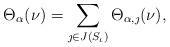
LaTeX: \begin{align*}\Theta_\alpha(\nu ) = \sum_{\jmath\in J(S_\iota)} \Theta_{\alpha, \jmath} (\nu),\end{align*}